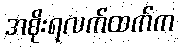
အစိုးရလက်ထက်က